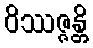
ဝိဿဇ္ဇန္တိ